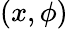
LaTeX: (x,\phi)